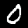
Digit: 0